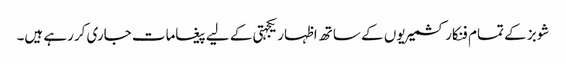
شوبز کے تمام فنکار کشمیریوں کے ساتھ اظہار یکجہتی کے لیے پیغامات جاری کررہے ہیں۔